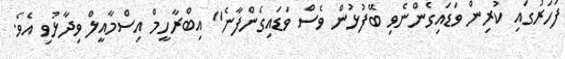
ފަހަރުގައި ކުރިން ވަޑައިގެންނެވި ބޭފުޅުން ވެސް ވަޑައިގެންފާނެ" އިބްރާހީމް އިސްމާއީލް ވިދާޅުވި އެވެ.